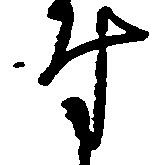
付